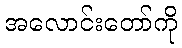
အလောင်းတော်ကို